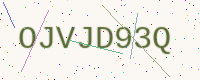
Text: OJVJD93Q